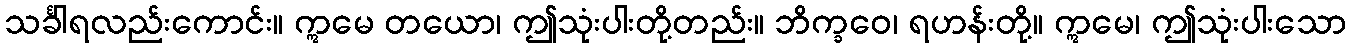
သင်္ခါရလည်းကောင်း။ ဣမေ တယော၊ ဤသုံးပါးတို့တည်း။ ဘိက္ခဝေ၊ ရဟန်းတို့။ ဣမေ၊ ဤသုံးပါးသော